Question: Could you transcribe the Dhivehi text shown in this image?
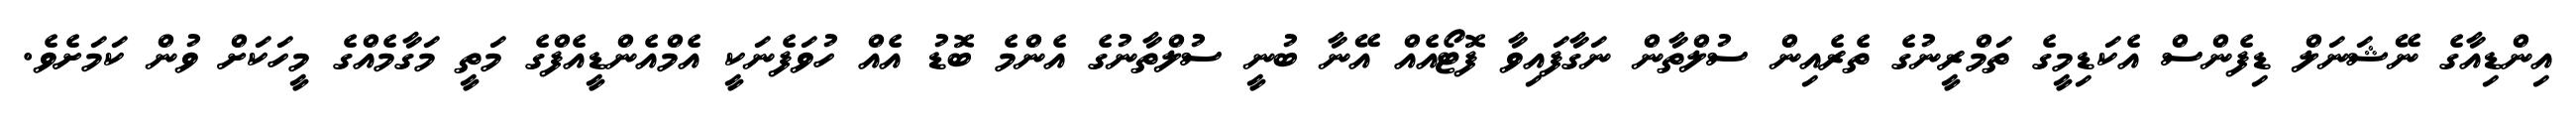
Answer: އިންޑިއާގެ ނޭޝަނަލް ޑިފެންސް އެކަޑިމީގެ ތަމްރީނުގެ ތެރެއިން ސުލްތާން ނަގާފައިވާ ފޮޓޯއެއް އޭނާ ބުނީ ސުލްތާނުގެ އެންމެ ބޮޑު އެއް ހުވަފެނަކީ އެމްއެންޑީއެފްގެ މަތީ މަގާމެއްގެ މީހަކަށް ވުން ކަމަށެވެ.